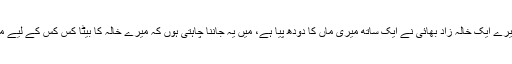
۵ سوال: میرا ایک بھائی ہے جس کی عمر چھبیس سال ہے، اس نے اور میرے ایک خالہ زاد بھائی نے ایک ساتھ میری ماں کا دودھ پیا ہے، میں یہ جاننا چاہتی ہوں کہ میرے خالہ کا بیٹا کس کس کے لیے محرم ہے، اور اگر وہ میری بھانجی سے شادی کرنا چاہے تو کیا حکم ہے؟